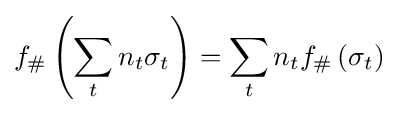
f_{\#}\left(\sum _{t}n_{t}\sigma _{t}\right)=\sum _{t}n_{t}f_{\#}\left(\sigma _{t}\right)